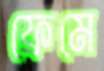
ফ্রেমে